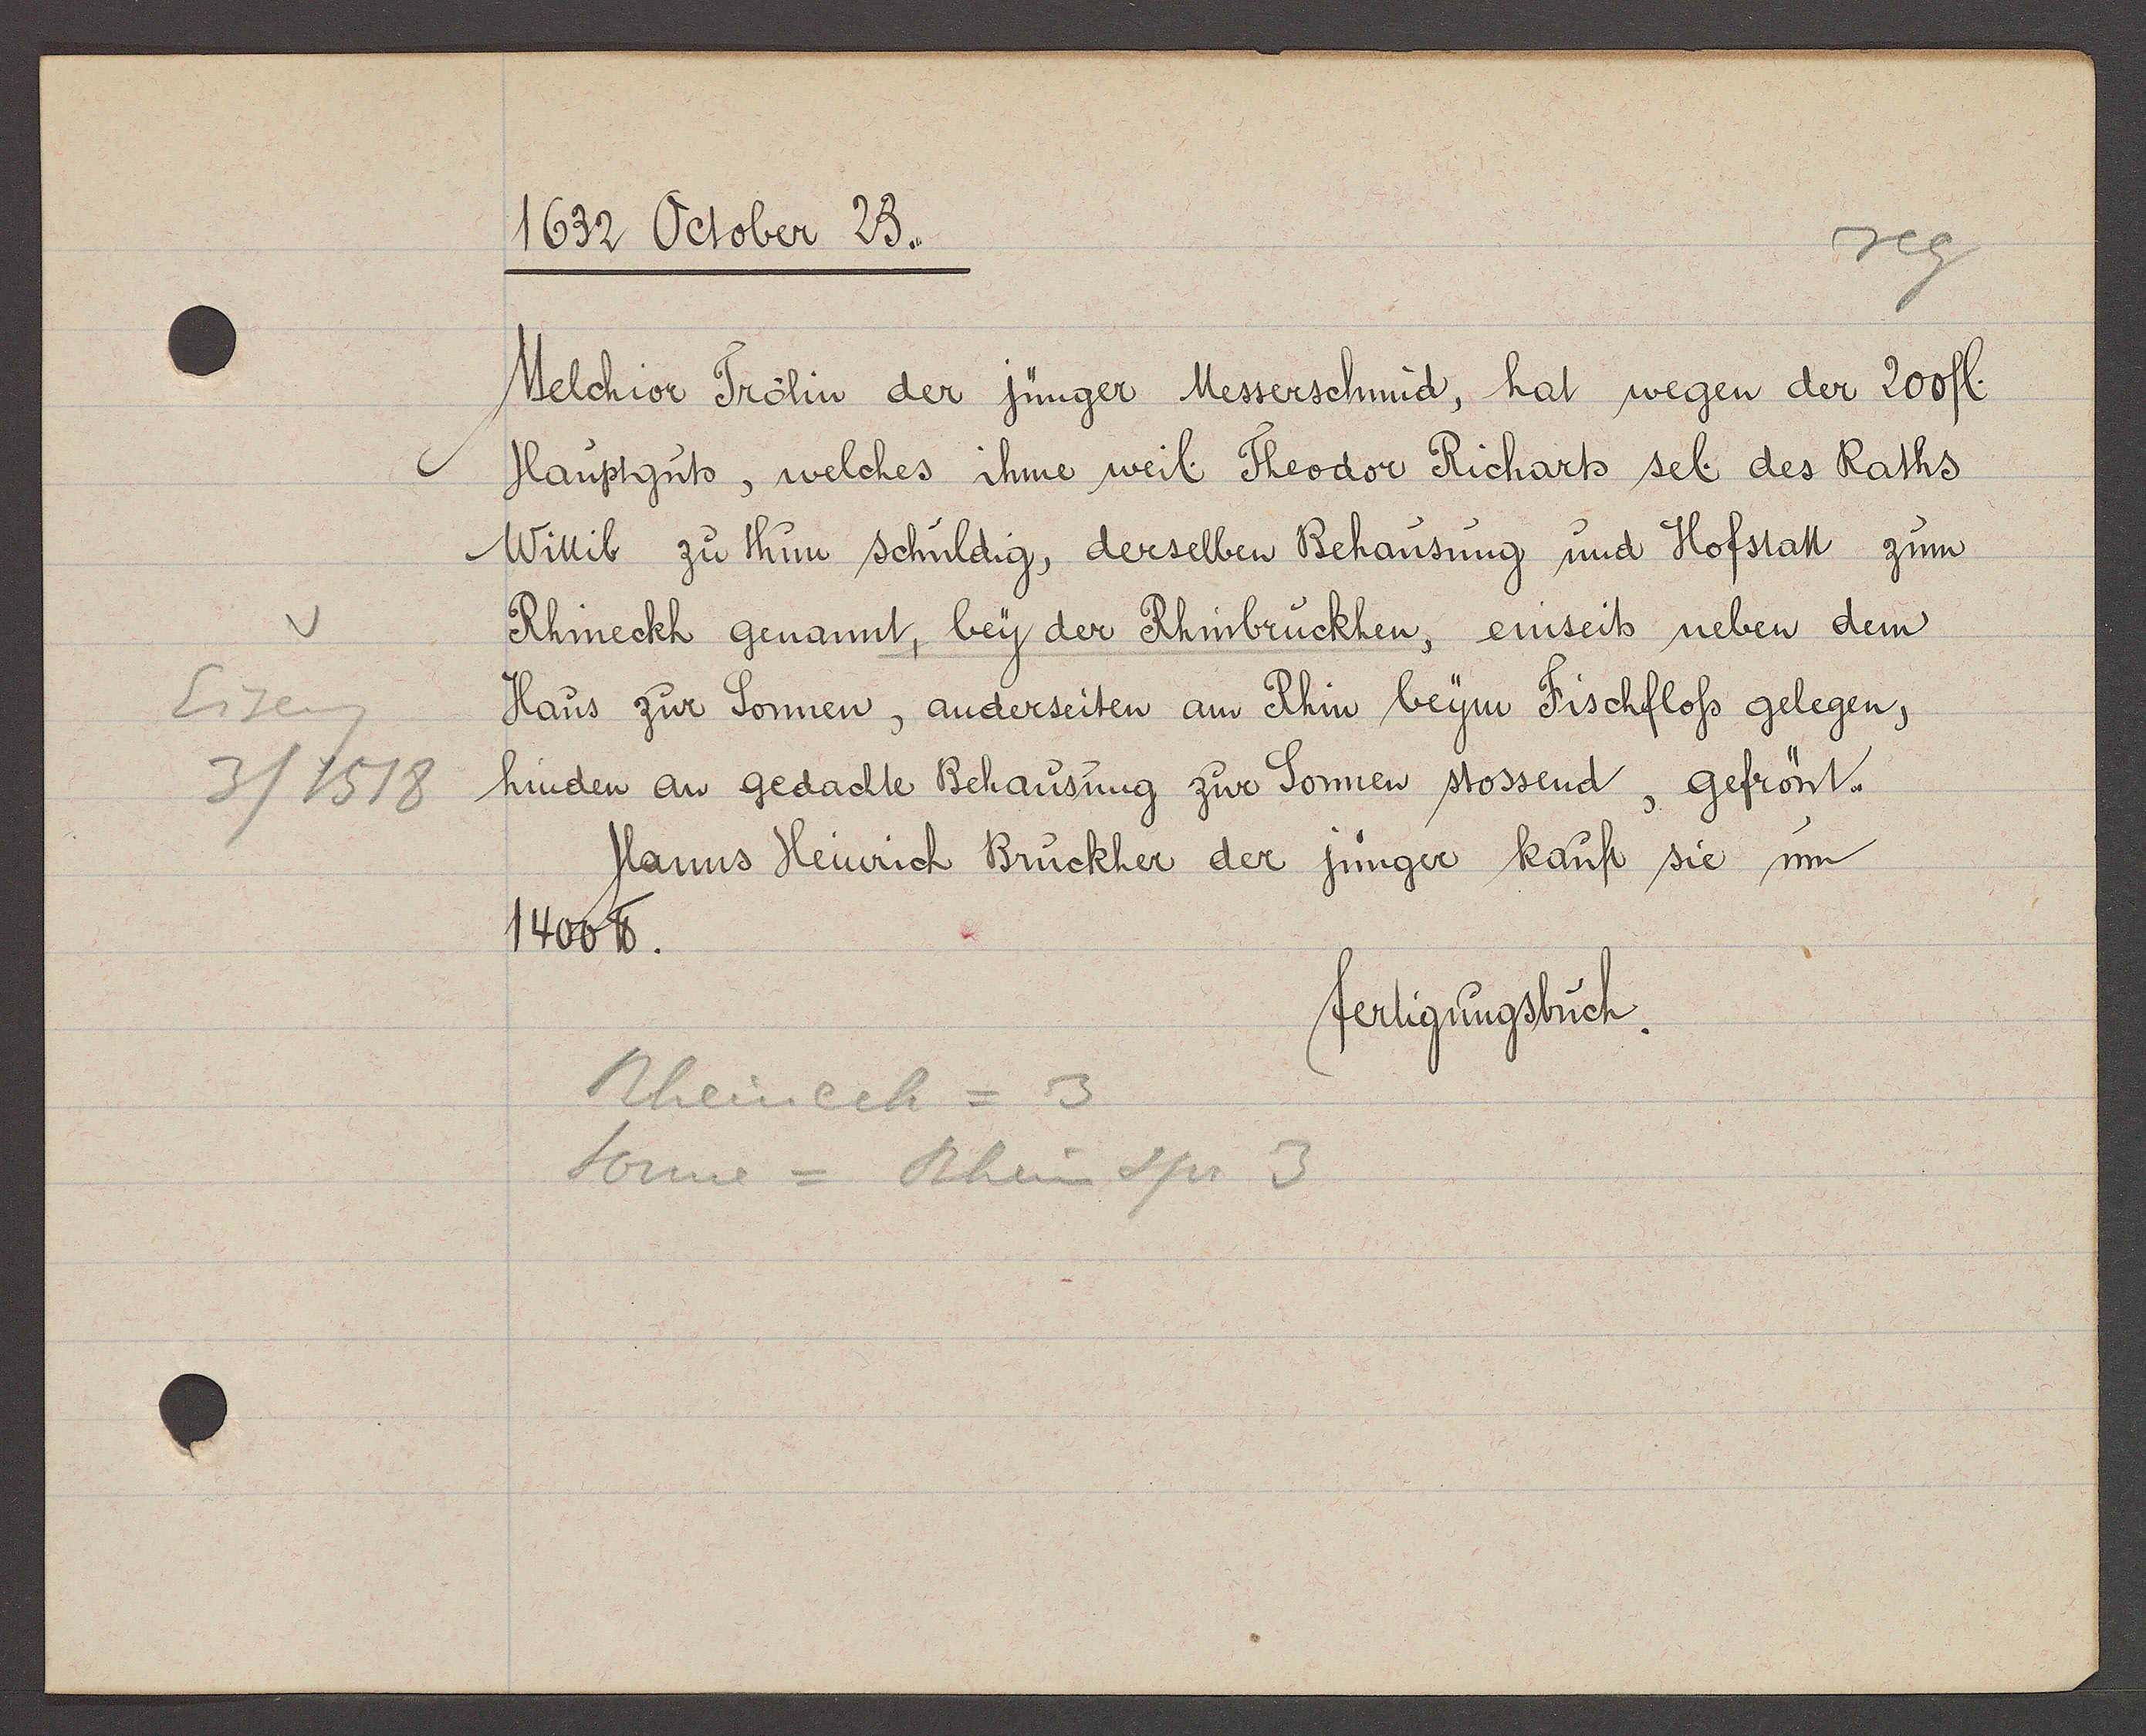
Transcript:
Eiseng
3/1518

1632 October 23.
Melchior Trölin der jünger Messerschmid, hat wegen der 200 fl.
Hauptguts, welches ihme weil. Theodor Richarts sel. des Raths
Wittib zu thun schuldig, derselben Behausung und Hofstatt zum
Rhineckh genannt, bey der Rhinbruckhen, einseits neben dem
Haus zur Sonnen, anderseiten an Rhin beym Fischfloss gelegen,
hinder an gedachte Behausung zur Sonnen stossend, gefrönt.
Hanns Heinrich Bruckher der jünger kauft sie um
1400 ℔.
fertigungsbuch.
Rheinech = 3
Sonne = Rheinspr 3